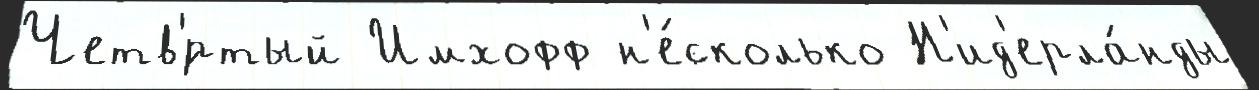
Четв'́ртый Имхофф н'е́сколько Н'ид'ерла́нды